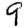
Digit: 9